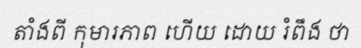
តាំងពី កុមារភាព ហើយ ដោយ រំពឹង ថា